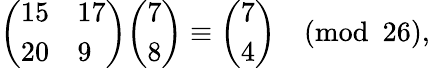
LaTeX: {\left(\begin{array}{ll}{15}&{17}\\ {20}&{9}\end{array}\right)}{\left(\begin{array}{l}{7}\\ {8}\end{array}\right)}\equiv{\left(\begin{array}{l}{7}\\ {4}\end{array}\right)}{\pmod{26}},